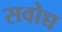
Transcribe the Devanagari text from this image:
सवोच्च